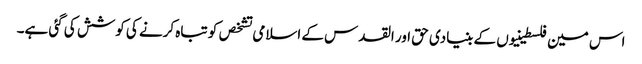
اس مین فلسطینیوں کے بنیادی حق اور القدس کے اسلامی تشخص کو تباہ کرنے کی کوشش کی گئی ہے۔